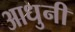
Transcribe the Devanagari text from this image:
आधुनी